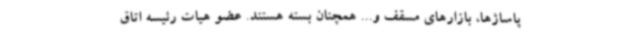
پاساژها، بازارهای مسقف و... همچنان بسته هستند. عضو هیات رئیسه اتاق